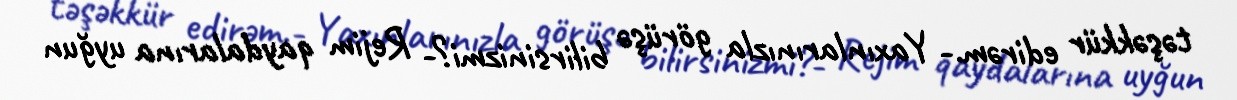
təşəkkür edirəm.- Yaxınlarınızla görüşə bilirsinizmi?- Rejim qaydalarına uyğun